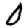
Digit: 0